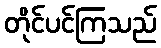
တိုင်ပင်ကြသည်